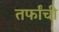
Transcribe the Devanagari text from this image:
तर्फांची